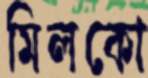
মিলকো